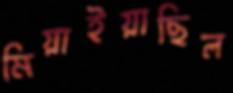
মিয়াইয়াছিল